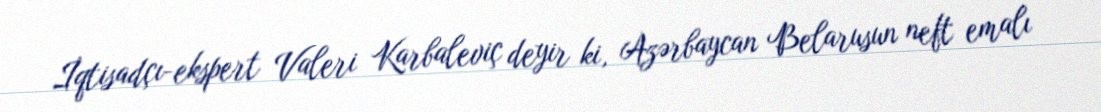
İqtisadçı-ekspert Valeri Karbaleviç deyir ki, Azərbaycan Belarusun neft emalı